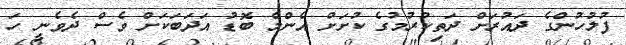
ފުލުހުންގެ ދައުރަށް ދަތިކުރުމުގެ ކުށަށް އެންމެ ބޮޑު އަދަބަކަށް ވެސް ދެވެނީ ހަ